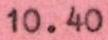
10.40